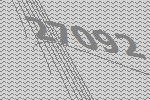
27092